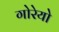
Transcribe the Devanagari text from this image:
गोरेयो